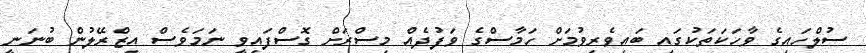
ސުލްހައިގެ ވާހަކަތަކުގައި ބައިވެރިވުމަށް ހަމާސްގެ ވަފުދެއް މިސްރަށް ގޮސްފައިވީ ނަމަވެސް އިޒްރޭލުން ބުނަނީ